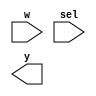
/*--  *******************************************************
--  Computer Architecture Course, Laboratory Sources 
--  Amirkabir University of Technology (Tehran Polytechnic)
--  Department of Computer Engineering (CE-AUT)
--  https://ce[dot]aut[dot]ac[dot]ir
--  *******************************************************
--  All Rights reserved (C) 2019-2020
--  *******************************************************
--  Student ID  : 
--  Student Name: 
--  Student Mail: 
--  *******************************************************
--  Additional Comments:
--
--*/

/*-----------------------------------------------------------
---  Module Name: Multiplexer 4 to 1
---  Description: Lab 05 Part 1
-----------------------------------------------------------*/
`timescale 1 ns/1 ns

module multiplexer4x1 (
	input [3:0] w ,
	input [1:0]	sel ,
	output [3:0] y
);
	/* write your code here */
	
	/* write your code here */

endmodule